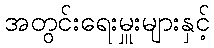
အတွင်းရေးမှူးများနှင့်